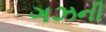
ગઝની